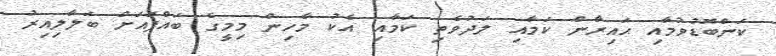
ކަންބޮޑުވުމާއި ޙައިރާން ކަމާއި ލަދުވެތި ކަމާއި އެކު މާހިން މިމީގެ ބައްޕައަށް ބަލާލިއިރު